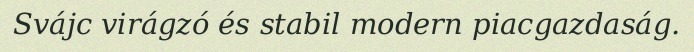
Svájc virágzó és stabil modern piacgazdaság.